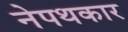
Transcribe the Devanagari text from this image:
नेपथकार